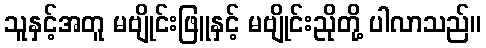
သူနှင့်အတူ မဗျိုင်းဖြူနှင့် မဗျိုင်းညိုတို့ ပါလာသည်။